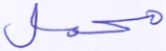
محمل